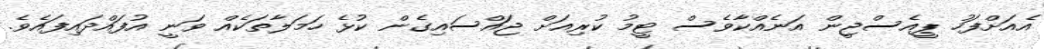
އެއަށްފަހު ޕީއެސްޖީން އަނެއްކާވެސް ޓީމު ކުރިއަށް ޖައްސައިގެން ކުޅެ ހަމަލާތަކެއް ވަނީ އުފައްދައިފައެވެ.